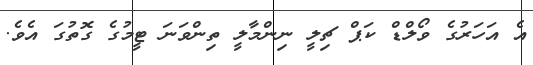
އެ އަހަރުގެ ވޯލްޑް ކަޕް ޗިލީ ނިންމާލީ ތިންވަނަ ޓީމުގެ ގޮތުގަ އެވެ.